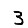
Digit: 3